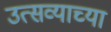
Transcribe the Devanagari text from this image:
उत्सव्याच्या